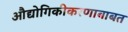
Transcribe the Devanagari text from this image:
औद्योगिकीकरणाबाबत